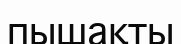
пышақты